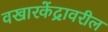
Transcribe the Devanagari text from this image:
वखारकेंद्रावरील